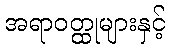
အရာဝတ္ထုများနှင့်